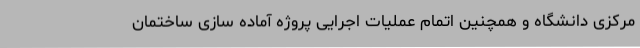
مرکزی دانشگاه و همچنین اتمام عملیات اجرایی پروژه آماده سازی ساختمان